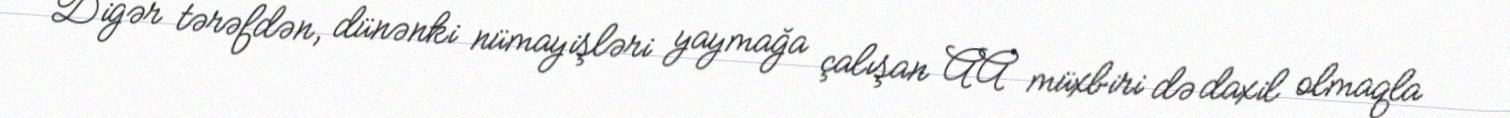
Digər tərəfdən, dünənki nümayişləri yaymağa çalışan AA müxbiri də daxil olmaqla